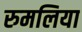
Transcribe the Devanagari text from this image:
रुमलिया